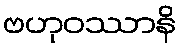
ဗဟုဝဿာနိ